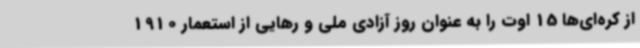
از کره‌ای‌ها 15 اوت را به عنوان روز آزادی ملی و رهایی از استعمار 1910